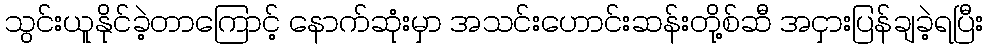
သွင်းယူနိုင်ခဲ့တာကြောင့် နောက်ဆုံးမှာ အသင်းဟောင်းဆန်းတို့စ်ဆီ အငှားပြန်ချခဲ့ရပြီး